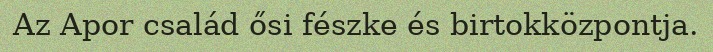
Az Apor család ősi fészke és birtokközpontja.